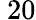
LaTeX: \ 20